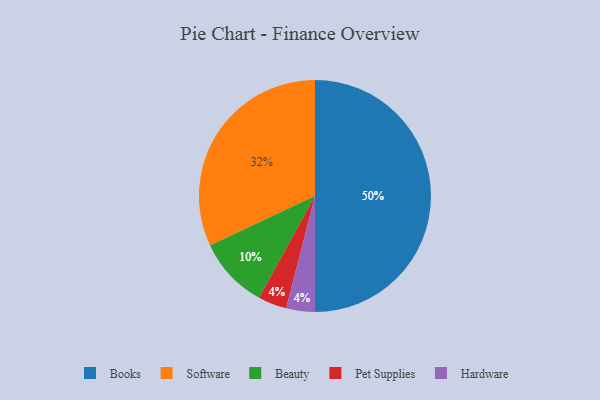
{"axis": {"x": "Category", "y": "Percentage"}, "legend": ["Beauty", "Books", "Hardware", "Pet Supplies", "Software"], "data": [{"x": "Pet Supplies", "y": 4, "type": "Pet Supplies"}, {"x": "Software", "y": 32, "type": "Software"}, {"x": "Hardware", "y": 4, "type": "Hardware"}, {"x": "Beauty", "y": 10, "type": "Beauty"}, {"x": "Books", "y": 50, "type": "Books"}]}